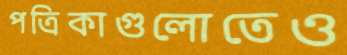
পত্রিকাগুলোতেও